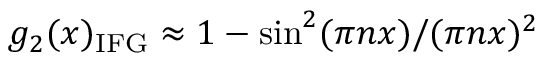
g _ { 2 } ( x ) _ { \mathrm { I F G } } \approx 1 - \sin ^ { 2 } ( \pi n x ) / ( \pi n x ) ^ { 2 }